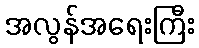
အလွန်အရေးကြီး